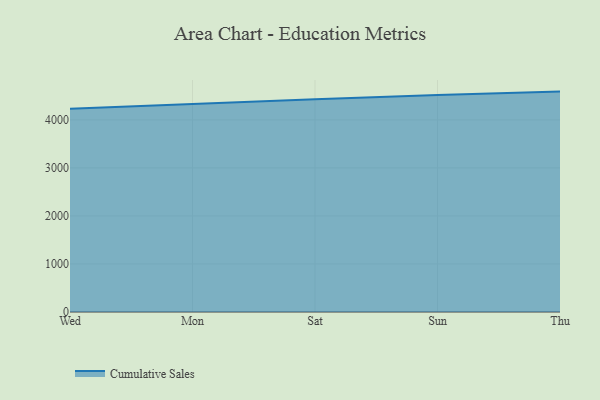
{"axis": {"x": "Day", "y": "Population (Million)"}, "legend": ["Cumulative Sales"], "data": [{"x": "Wed", "y": 4230.1, "type": "Cumulative Sales"}, {"x": "Mon", "y": 4332.1, "type": "Cumulative Sales"}, {"x": "Sat", "y": 4426.4, "type": "Cumulative Sales"}, {"x": "Sun", "y": 4518.1, "type": "Cumulative Sales"}, {"x": "Thu", "y": 4588.0, "type": "Cumulative Sales"}]}